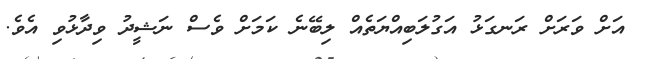
އަށް ވަރަށް ރަނގަޅު އަގުލަބިއްޔަތެއް ލިބޭނެ ކަމަށް ވެސް ނަޝީދު ވިދާޅުވި އެވެ.